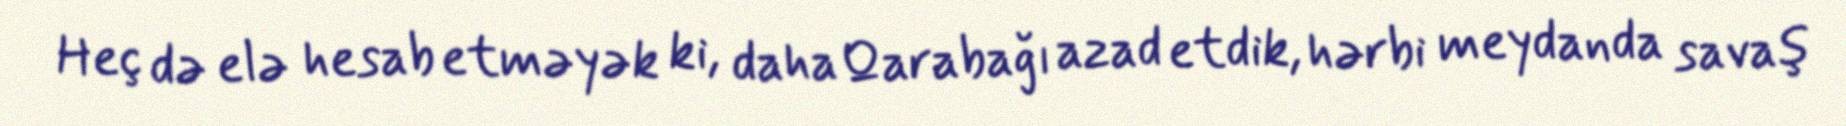
Heç də elə hesab etməyək ki, daha Qarabağı azad etdik, hərbi meydanda savaş